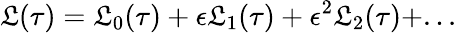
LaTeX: \mathfrak{L}(\tau)=\mathfrak{L}_{0}(\tau)+\epsilon\mathfrak{L}_{1}(\tau)+\epsilon^{2}\mathfrak{L}_{2}(\tau)+...